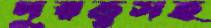
দূরত্বসহ